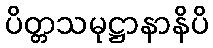
ပိတ္တသမုဋ္ဌာနာနိပိ